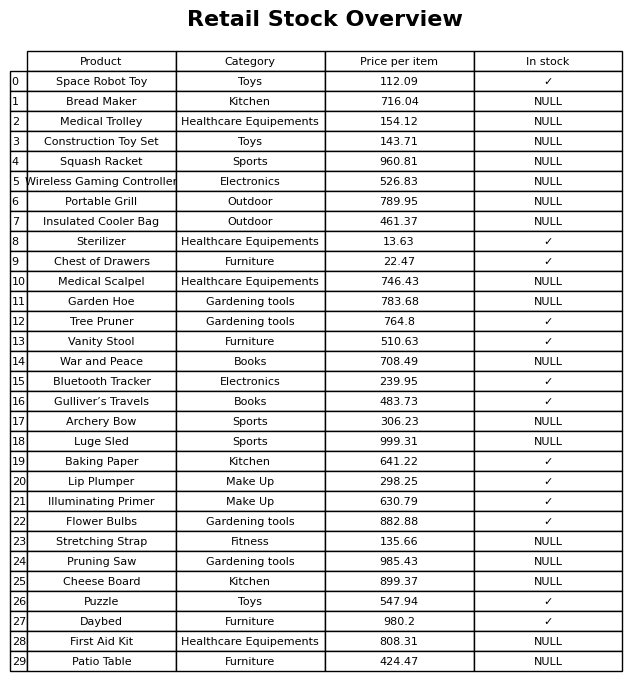
question: What is the price of the Bread Maker?
answer: The price of Bread Maker is 716.04.